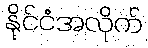
နိုင်ငံအလိုက်